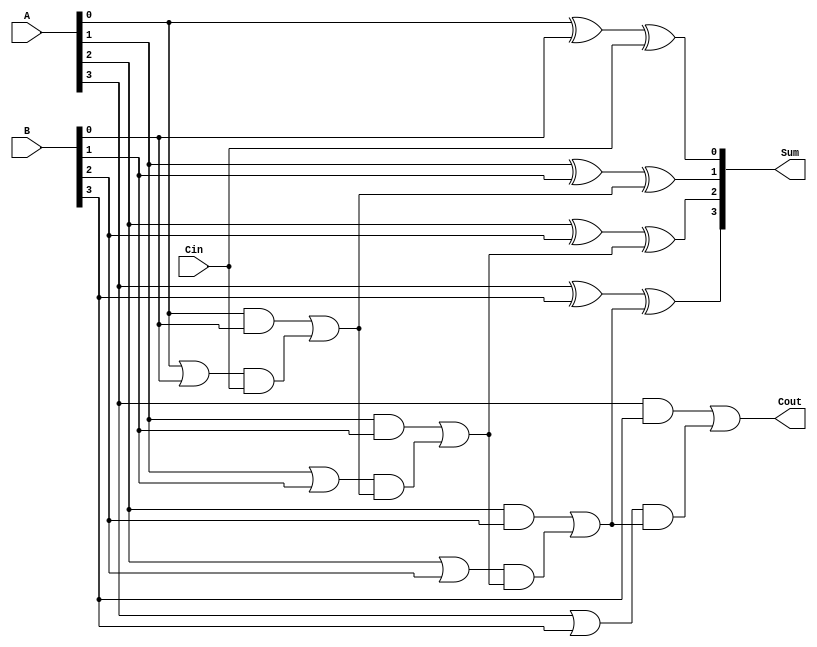
module CILA #(
    parameter N = 4  // Number of bits
)(
    input  [N-1:0] A,    // First n-bit input
    input  [N-1:0] B,    // Second n-bit input
    input         Cin,    // Carry In
    output [N-1:0] Sum,   // n-bit Sum output
    output        Cout     // Carry Out
);

    // Generate and Propagate signals
    wire [N-1:0] G; // Generate
    wire [N-1:0] P; // Propagate
    wire [N:0] C;   // Carry signals (C[0] = Cin)

    // Generate and Propagate calculations
    genvar i;
    generate
        for (i = 0; i < N; i = i + 1) begin : gen_prop
            assign G[i] = A[i] & B[i]; // Generate
            assign P[i] = A[i] | B[i]; // Propagate
        end
    endgenerate

    // Carry Generation Logic
    assign C[0] = Cin; // Initial carry input
    generate
        for (i = 1; i <= N; i = i + 1) begin : carry_logic
            assign C[i] = G[i-1] | (P[i-1] & C[i-1]); // Carry generation
        end
    endgenerate

    // Sum Calculation
    generate
        for (i = 0; i < N; i = i + 1) begin : sum_calc
            assign Sum[i] = A[i] ^ B[i] ^ C[i]; // Sum calculation
        end
    endgenerate

    // Final Carry Out
    assign Cout = C[N]; // Final carry output

endmodule